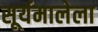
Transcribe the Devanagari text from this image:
सूर्यमालेला